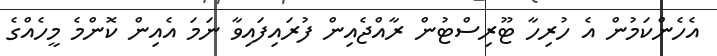
އެހެންކަމުން އެ ހުރިހާ ޓޫރިސްޓުން ރާއްޖެއިން ފުރައިފައިވާ ނަމަ އެއިން ކޮންމެ މީހެއްގެ